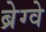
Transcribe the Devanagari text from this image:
ब्रेग्वे